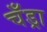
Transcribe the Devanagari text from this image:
चँड्रा